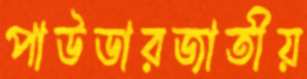
পাউডারজাতীয়